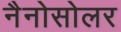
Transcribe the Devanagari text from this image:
नैनोसोलर